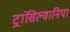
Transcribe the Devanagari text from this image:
ट्रांसिल्वानिया